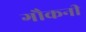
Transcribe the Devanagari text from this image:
गौकनी